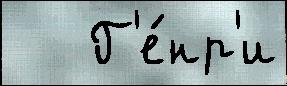
   Г'е́нр'и